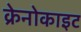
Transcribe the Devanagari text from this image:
क्रेनोकाइट